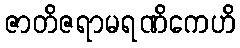
ဇာတိဇရာမရဏိကေဟိ